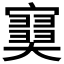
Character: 𡫩